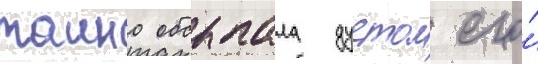
таино обсыпала дустом его́